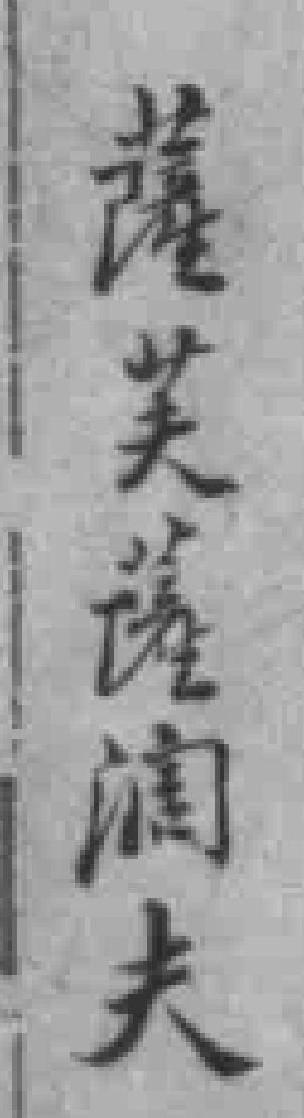
薩芙薩润夫